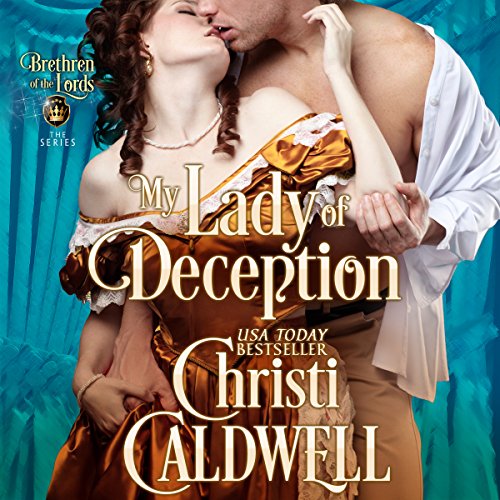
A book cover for My Lady of Deception: Brethren of the Lords, Book 1; Christi Caldwell; Romance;